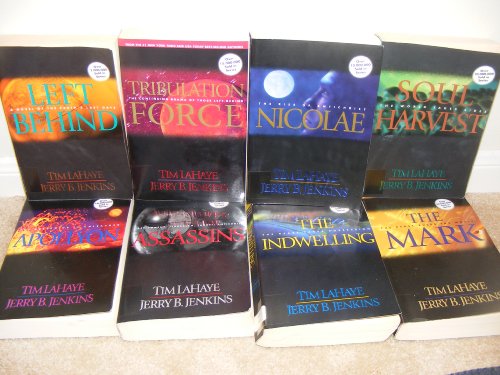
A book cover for LEFT BEHIND series, books 1-8 (Left Behind, Tribulation Force, Nicolae, Soul Harvest, Apollyon, Assassins, The Indwelling, The Mark) (Left Behind, Volumes 1-8); Tim Lahaye & Jerry B. Jenkins; Religion & Spirituality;